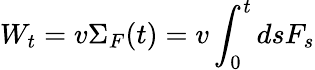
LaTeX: W_{t}=v\Sigma_{F}(t)=v\int_{0}^{t}dsF_{s}